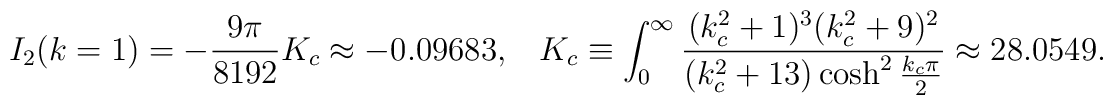
I_2(k=1)=-\frac{9\pi}{8192}K_c\approx -0.09683, \;\;\; K_c\equiv \int^{\infty}_0\frac{(k^2_c+1)^3(k^2_c+9)^2}{(k^2_c+13)\cosh^2\frac{k_c\pi}{2}}\approx 28.0549.